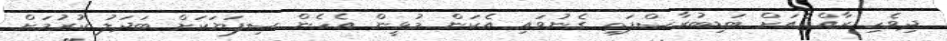
ދިވެހި ރާއްޖެއަށް ބަޑިބުރާސްފަތި ގެނުވައި އެކަން މުޅީން އެހެން ސިފަޔަކަށް ބަދަލު ކުރުމަށް